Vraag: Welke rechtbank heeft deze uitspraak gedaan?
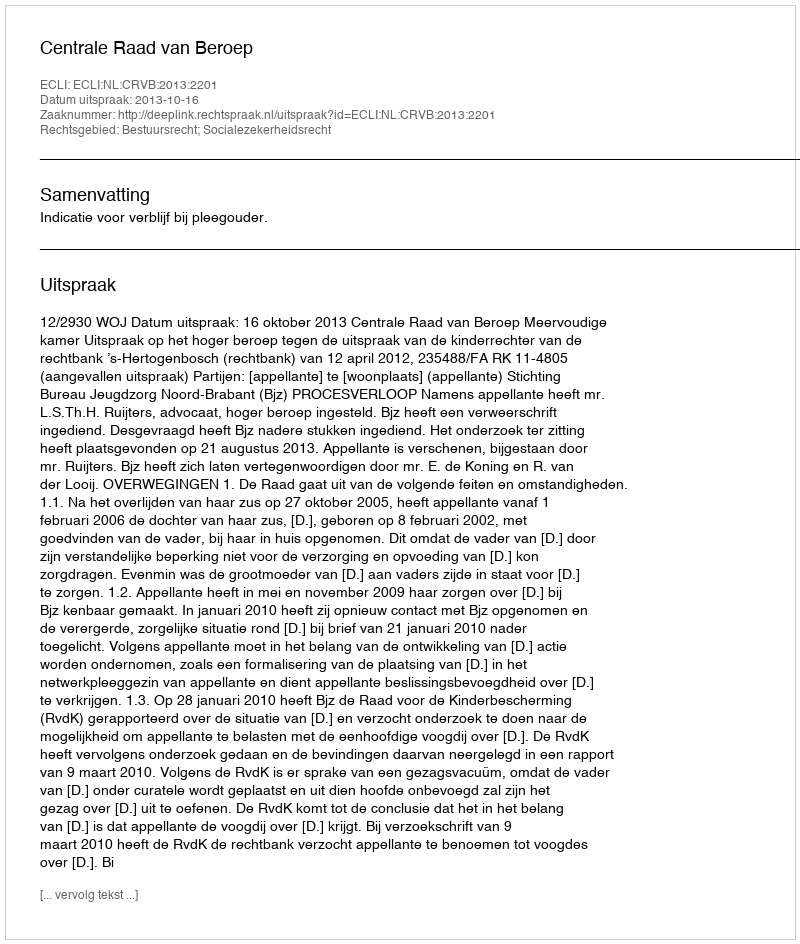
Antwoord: Centrale Raad van Beroep